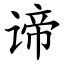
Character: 谛